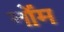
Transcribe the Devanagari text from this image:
नोंम